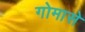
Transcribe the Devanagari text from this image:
गोमासे